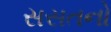
સસતનો